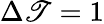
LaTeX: \Delta\mathscr{T}=1